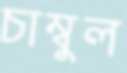
চাম্বুল